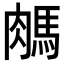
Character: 𦟖